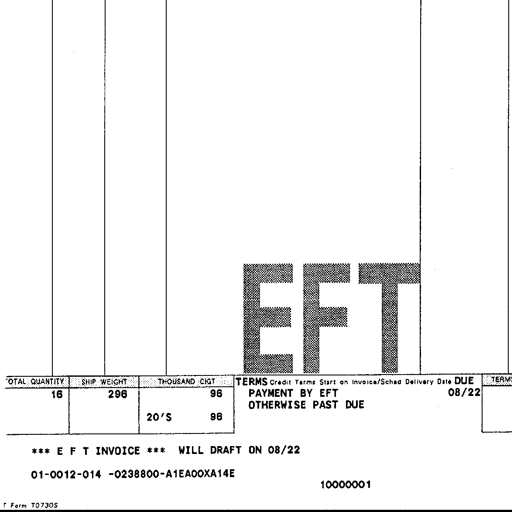
EFT
TOTAL QUANTITY SHIP WEIGHT THOUSAND CIGT TERMS Credit Terms Start on Invoice/Sched Delivery Date DUE
16 296 96 PAYMENT BY EFT 08/22
OTHERWISE PAST DUE
20'S 96
*** E F T INVOICE *** WILL DRAFT ON 08/22
01-0012-014 -0238800-A1EA00XA14E
10000001
Form T0730S